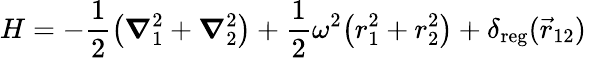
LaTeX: H=-\frac{1}{2}\bigl(\boldsymbol{\nabla}_{1}^{2}+\boldsymbol{\nabla}_{2}^{2}\bigr)+\frac{1}{2}\omega^{2}\bigl(r_{1}^{2}+r_{2}^{2}\bigr)+\delta_{\mathrm{{reg}}}(\vec{r}_{12})\quad